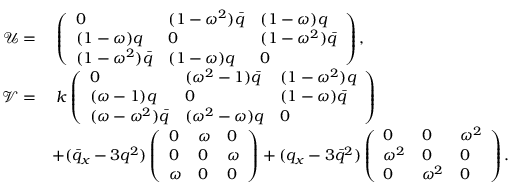
\begin{array} { r l } { \mathcal { U } = } & { \; \left( \begin{array} { l l l } { 0 } & { ( 1 - \omega ^ { 2 } ) \bar { q } } & { ( 1 - \omega ) q } \\ { ( 1 - \omega ) q } & { 0 } & { ( 1 - \omega ^ { 2 } ) \bar { q } } \\ { ( 1 - \omega ^ { 2 } ) \bar { q } } & { ( 1 - \omega ) q } & { 0 } \end{array} \right) , } \\ { \mathcal { V } = } & { \; k \left( \begin{array} { l l l } { 0 } & { ( \omega ^ { 2 } - 1 ) \bar { q } } & { ( 1 - \omega ^ { 2 } ) q } \\ { ( \omega - 1 ) q } & { 0 } & { ( 1 - \omega ) \bar { q } } \\ { ( \omega - \omega ^ { 2 } ) \bar { q } } & { ( \omega ^ { 2 } - \omega ) q } & { 0 } \end{array} \right) } \\ & { + ( \bar { q } _ { x } - 3 q ^ { 2 } ) \left( \begin{array} { l l l } { 0 } & { \omega } & { 0 } \\ { 0 } & { 0 } & { \omega } \\ { \omega } & { 0 } & { 0 } \end{array} \right) + ( q _ { x } - 3 \bar { q } ^ { 2 } ) \left( \begin{array} { l l l } { 0 } & { 0 } & { \omega ^ { 2 } } \\ { \omega ^ { 2 } } & { 0 } & { 0 } \\ { 0 } & { \omega ^ { 2 } } & { 0 } \end{array} \right) . } \end{array}